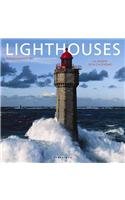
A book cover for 2014 Lighthouses Wall; Graphique de France; Calendars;